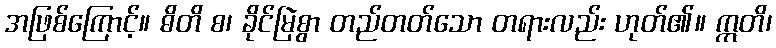
အဖြစ်ကြောင့်။ ဓိတိ စ၊ ခိုင်မြဲစွာ တည်တတ်သော တရားလည်း ဟုတ်၏။ ဣတိ၊